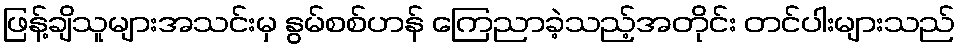
ဖြန့်ချိသူများအသင်းမှ နွမ်စစ်ဟန် ကြေညာခဲ့သည့်အတိုင်း တင်ပါးများသည်